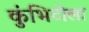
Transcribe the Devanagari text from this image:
कुंभिटोला